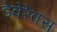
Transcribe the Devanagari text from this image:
डेवेरेक्स